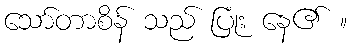
သော်တာစိန် သည် ပြုံး နေ၏ ။